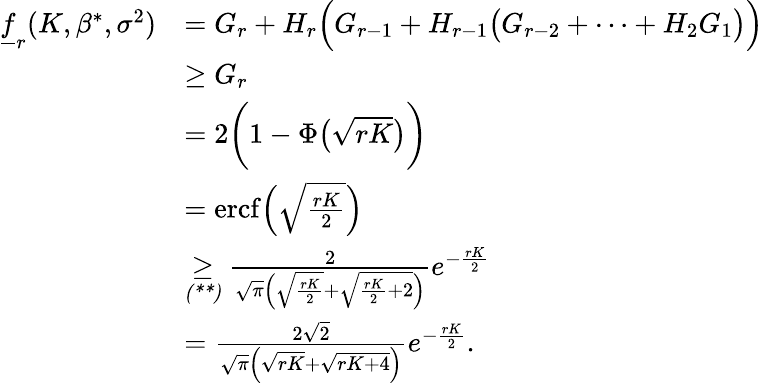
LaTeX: \begin{array}{rl}{\underline{{f}}_{r}(K,\beta^{*},\sigma^{2})}&{=G_{r}+H_{r}\Big(G_{r-1}+H_{r-1}\big(G_{r-2}+\cdots+H_{2}G_{1}\big)\Big)}\\ &{\geq G_{r}}\\ &{=2\bigg(1-\Phi\big(\sqrt{rK}\big)\bigg)}\\ &{=\mathrm{ercf}\Big(\sqrt{\frac{rK}{2}}\Big)}\\ &{\underset{\textit{(**)}}{\geq}\frac{2}{\sqrt{\pi}\Big(\sqrt{\frac{rK}{2}}+\sqrt{\frac{rK}{2}+2}\Big)}e^{-\frac{rK}{2}}}\\ &{=\frac{2\sqrt{2}}{\sqrt{\pi}\Big(\sqrt{rK}+\sqrt{rK+4}\Big)}e^{-\frac{rK}{2}}.}\end{array}